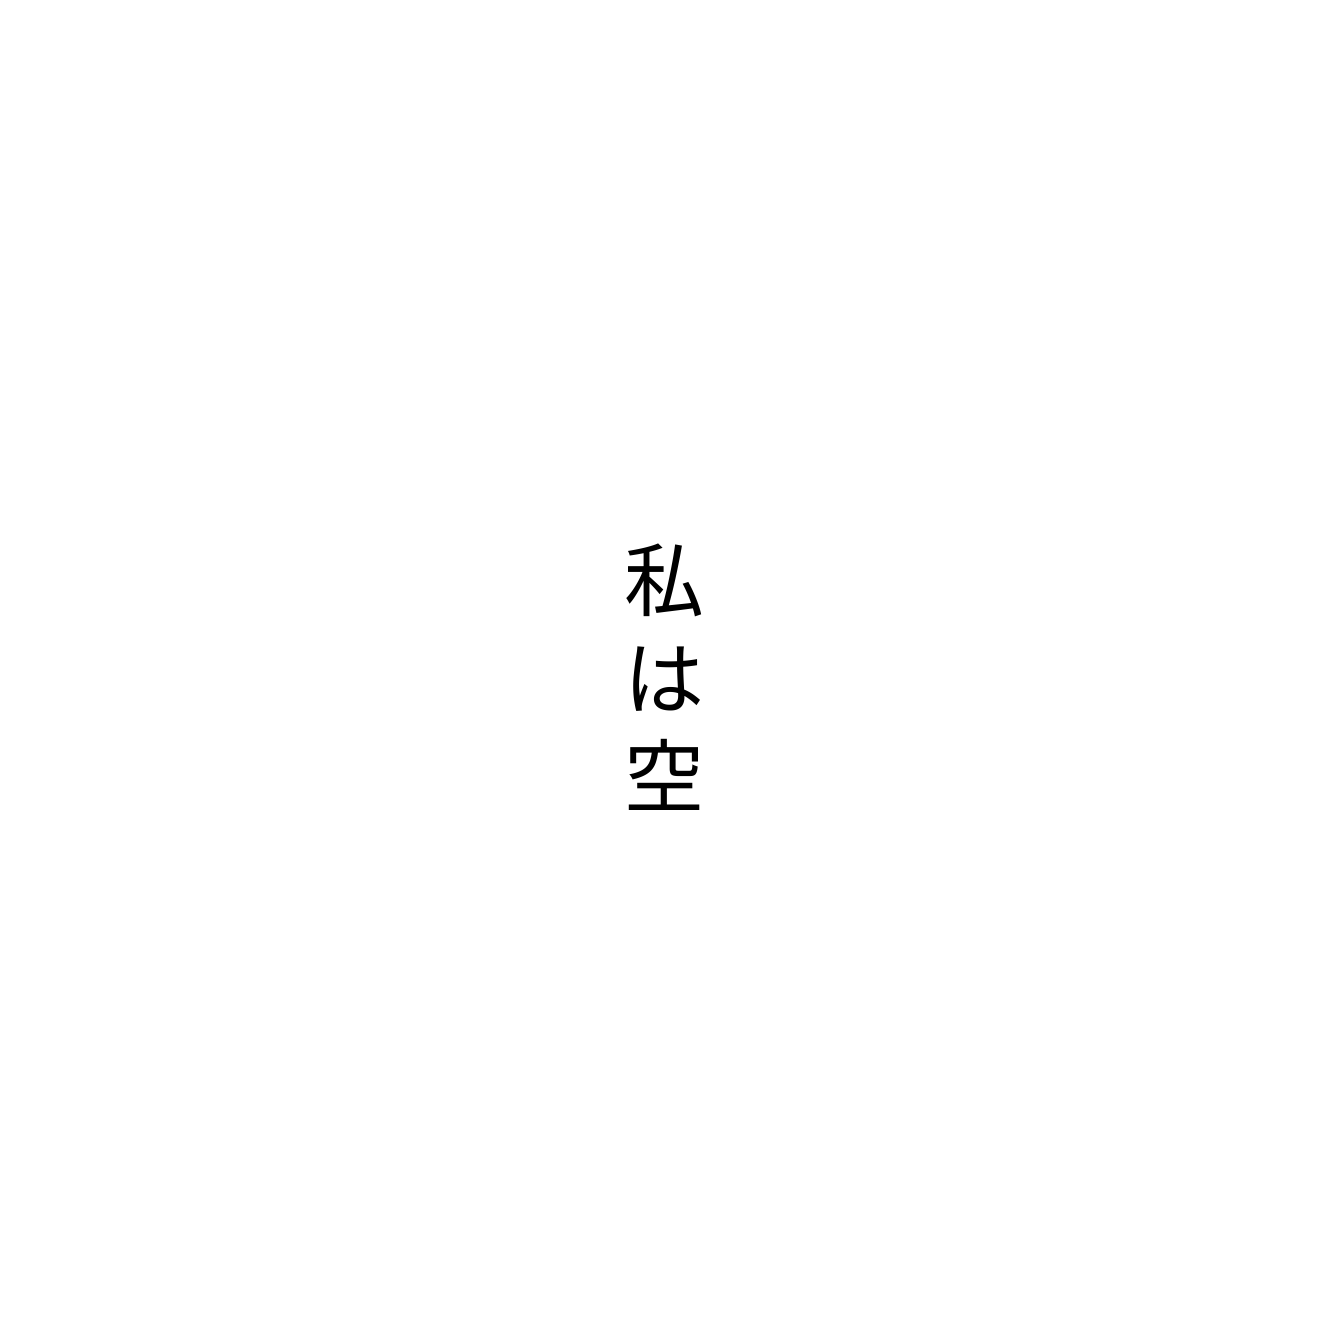
私は空